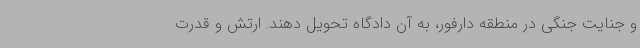
و جنایت جنگی در منطقه دارفور، به آن دادگاه تحویل دهند. ارتش و قدرت